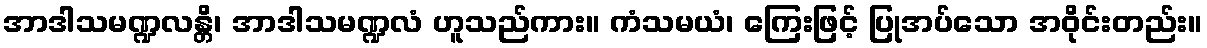
အာဒါသမဏ္ဍလန္တိ၊ အာဒါသမဏ္ဍလံ ဟူသည်ကား။ ကံသမယံ၊ ကြေးဖြင့် ပြုအပ်သော အဝိုင်းတည်း။